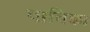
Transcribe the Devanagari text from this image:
पाचिका